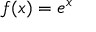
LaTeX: f ( x ) = e ^ { x }